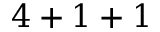
4 + 1 + 1